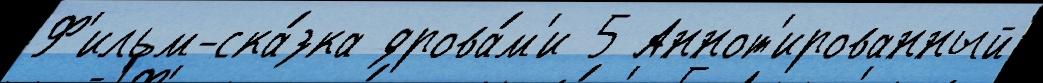
Ф'ильм-ска́зка дрова́м'и 5 Аннот'ированный